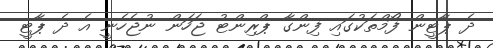
ދެ ޕާޓީން ފޯމްތަކުގައި ފިންގާ ޕްރިންޓު ޖަހަން ނުޖެހެނީ އެ ދެ ޕާޓީ